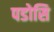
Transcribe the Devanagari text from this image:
पडोसि